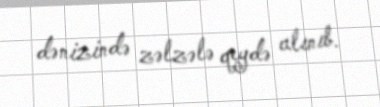
dənizində zəlzələ qeydə alınıb.